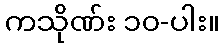
ကသိုဏ်း ၁၀-ပါး။